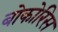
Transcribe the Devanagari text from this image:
बोकोरिस